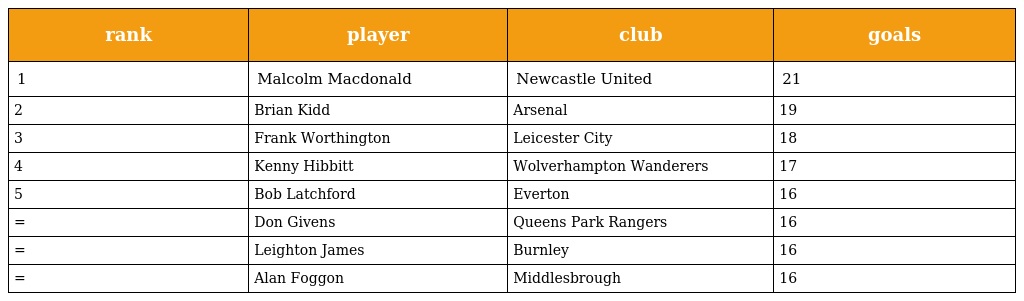
| rank | player | club | goals |
 | --- | --- | --- | --- |
 | 1 | Malcolm Macdonald | Newcastle United | 21 |
 | 2 | Brian Kidd | Arsenal | 19 |
 | 3 | Frank Worthington | Leicester City | 18 |
 | 4 | Kenny Hibbitt | Wolverhampton Wanderers | 17 |
 | 5 | Bob Latchford | Everton | 16 |
 | = | Don Givens | Queens Park Rangers | 16 |
 | = | Leighton James | Burnley | 16 |
 | = | Alan Foggon | Middlesbrough | 16 |